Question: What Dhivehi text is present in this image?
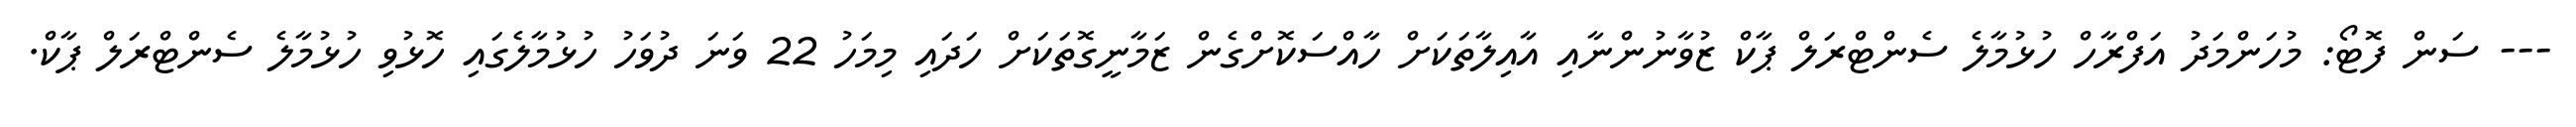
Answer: --- ސަން ފޮޓޯ: މުހަންމަދު އަފްރާހް ހުޅުމާލެ ސެންޓްރަލް ޕާކް ޒުވާނުންނާއި އާއިލާތަކަށް ހާއްސަކޮށްގެން ޒަމާނީގޮތަކަށް ހަދައި މިމަހު 22 ވަނަ ދުވަހު ހުޅުމާލެގައި ހޮޅުވި ހުޅުމާލެ ސެންޓްރަލް ޕާކް.